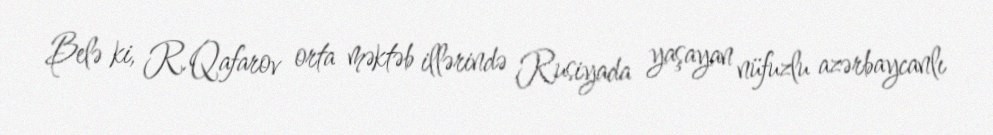
Belə ki, R.Qafarov orta məktəb illərində Rusiyada yaşayan nüfuzlu azərbaycanlı